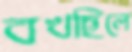
বখছিলে